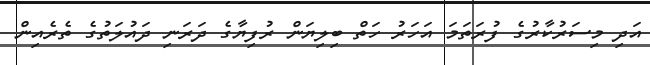
އަދި މިސަރުކާރުގެ ފުރަތަމަ އަހަރު ހަތް ބިލިޔަން ރުފިޔާގެ ދަރަނި ދައުލަތުގެ ތެރެއިން